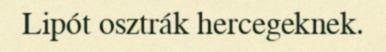
Lipót osztrák hercegeknek.